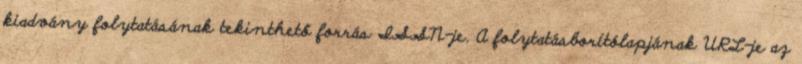
kiadvány folytatásának tekinthető forrás ISSN-je. A folytatásborítólapjának URL-je az